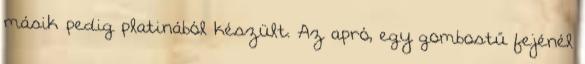
másik pedig platinából készült. Az apró, egy gombostű fejénél